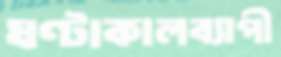
ঘণ্টাকালব্যাপী